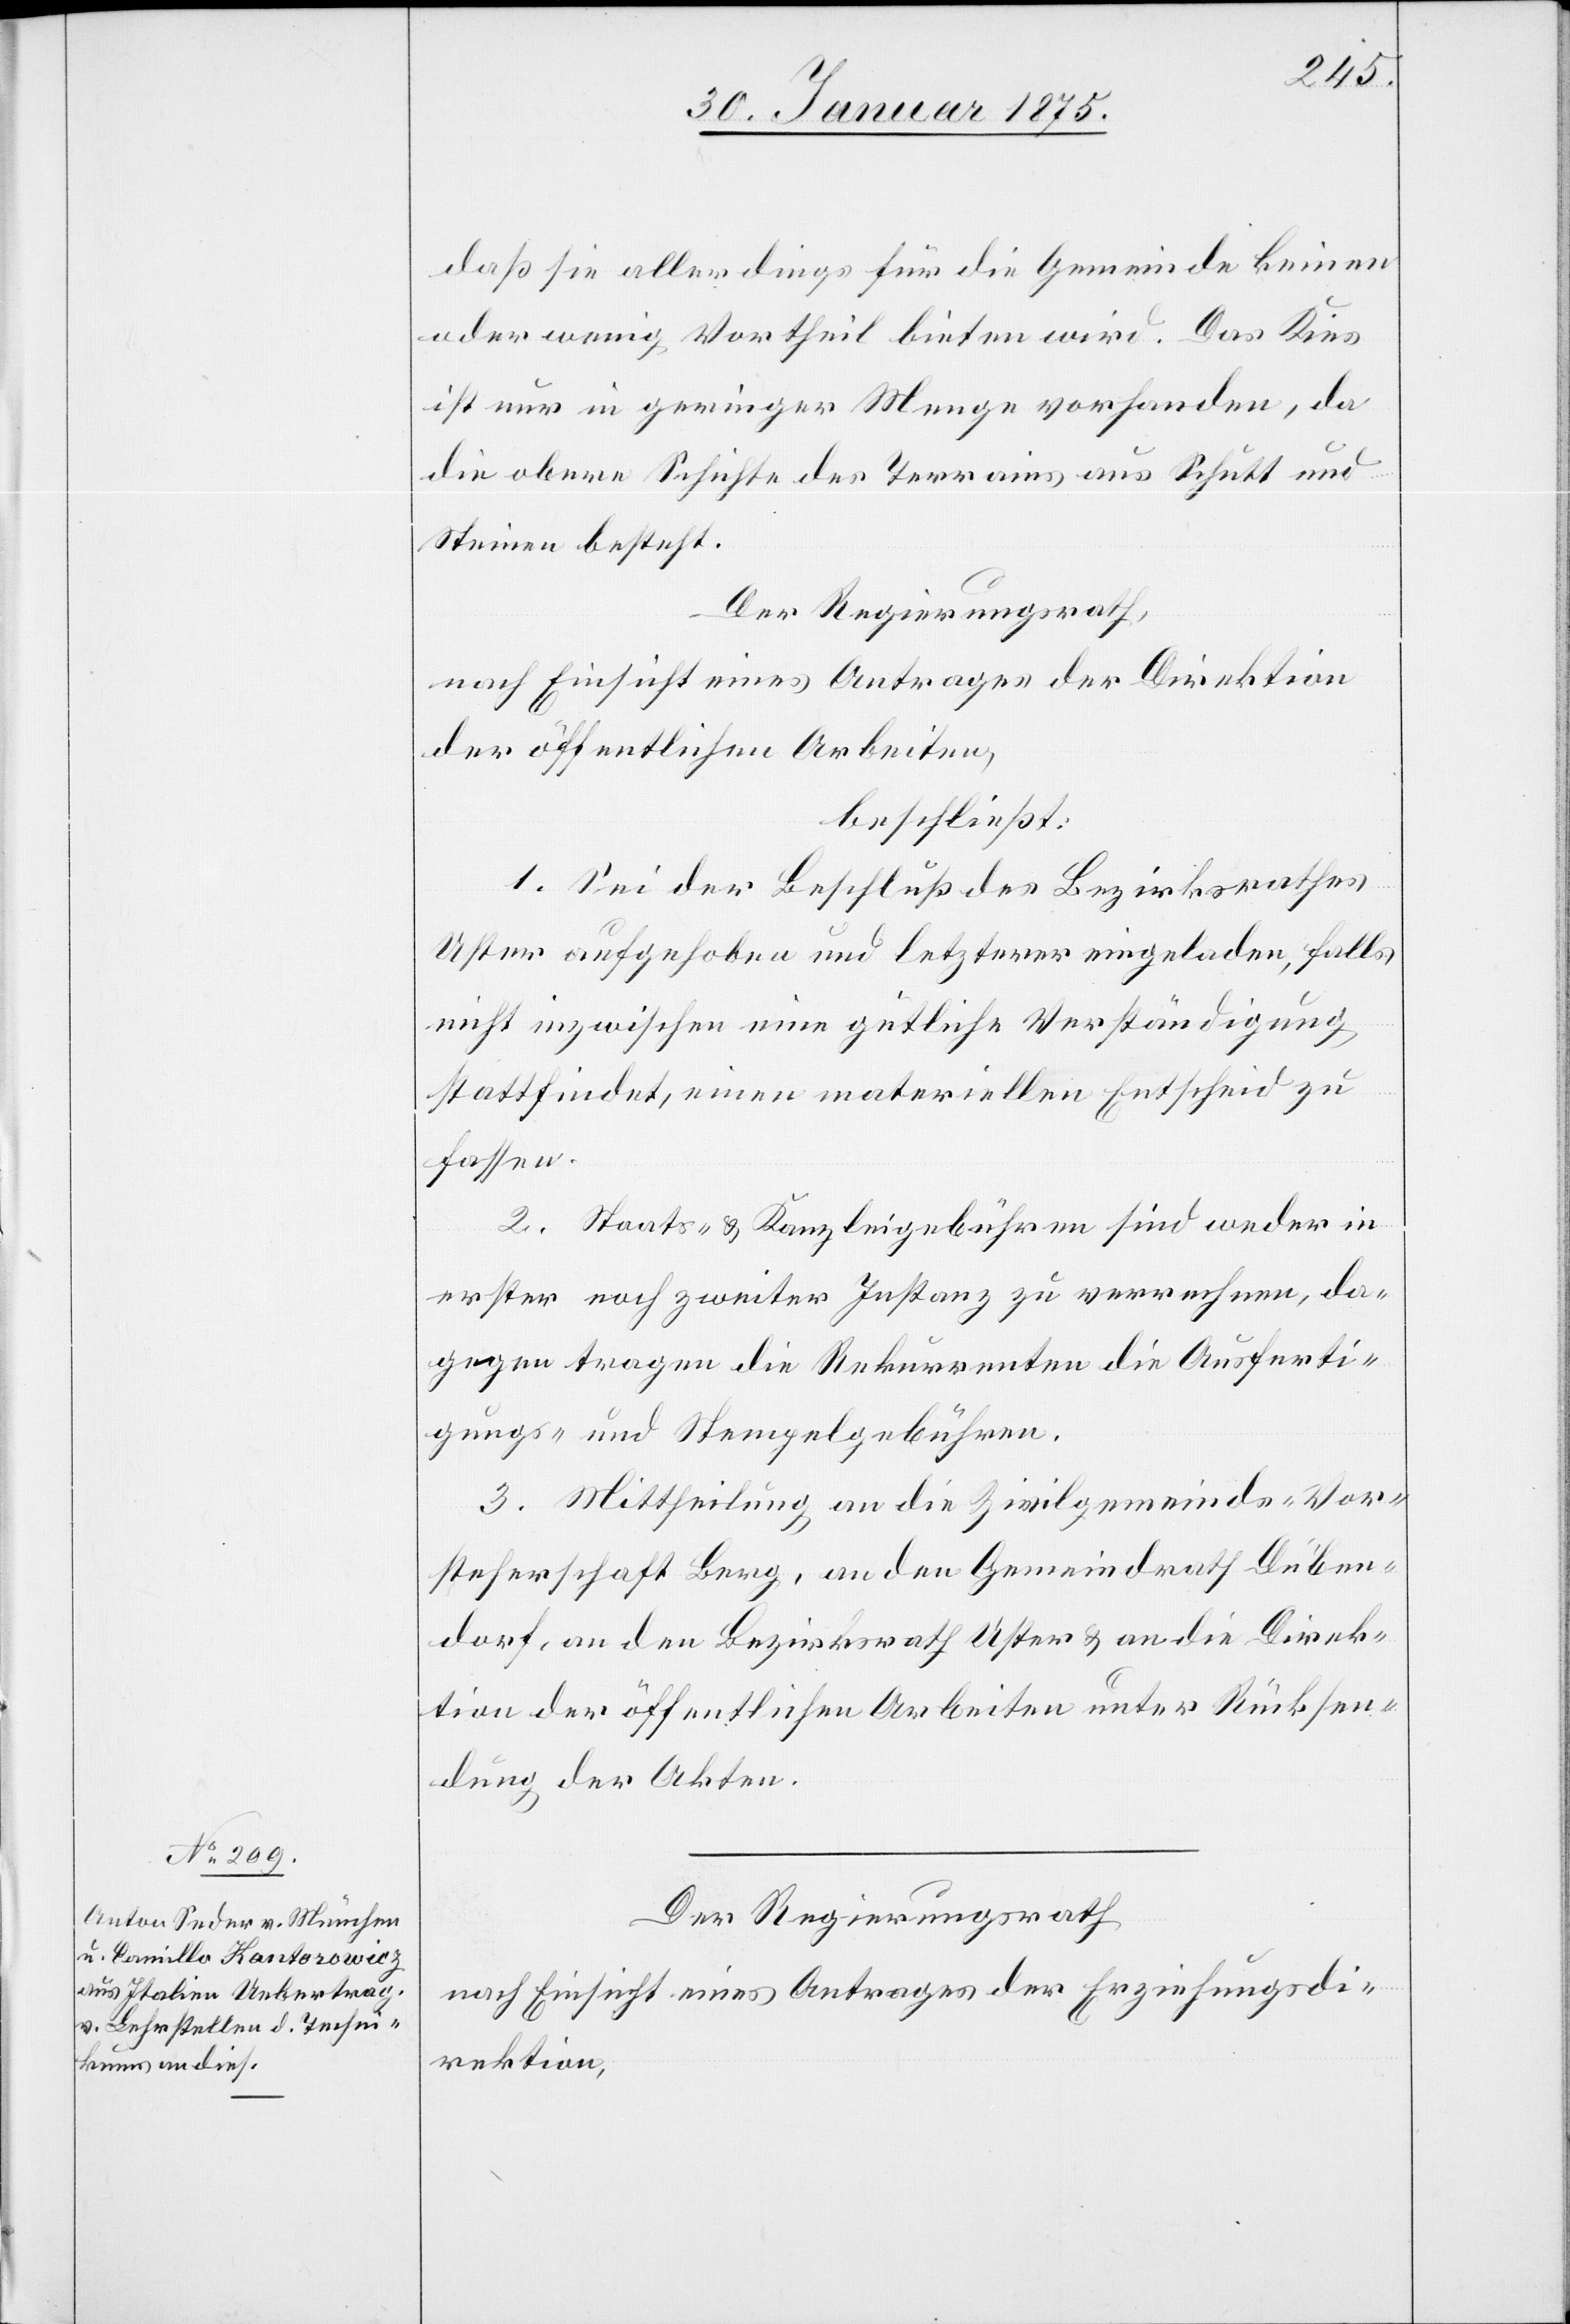
daß sie allerdings für die Gemeinde keinen
oder wenig Vortheil bieten wird. Das Kies
ist nur in geringer Menge vorhanden, da
die obere Schichte des Terrains aus schutt und
Steinen besteht.
Der Regierungsrath,
nach Einsicht eines Antrages der Direktion
der öffentlichen Arbeiten,
beschließt:
1. Sei der Beschluß des Bezirksrathes
Uster aufgehoben und letzterer eingeladen, falls
nicht inzwischen eine gütliche Verständigung
stattfindet, einen materiellen Entscheid zu
fassen.
2. Staats- & Kanzleigebühren sind weder in
erster noch zweiter Instanz zu verrechnen, da¬
gegen tragen die Rekurrenten die Ausferti¬
gungs- und Stempelgebühren.
3. Mittheilung an die Zivilgemeinds-Vor¬
steherschaft Berg, an den Gemeindrath Düben¬
dorf, an den Bezirksrath Uster & an die Direk¬
tion der öffentlichen Arbeiten unter Rücksen¬
dung der Akten.
Der Regierungsrath
nach Einsicht eines Antrages der Erziehungsdi¬
rektion,